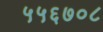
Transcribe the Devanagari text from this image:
५५६७०८